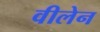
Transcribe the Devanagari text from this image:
वीलेन